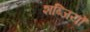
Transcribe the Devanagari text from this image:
शब्जियों